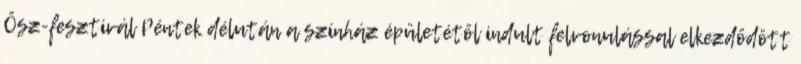
Ősz-fesztivál Péntek délután a színház épületétől indult felvonulással elkezdődött